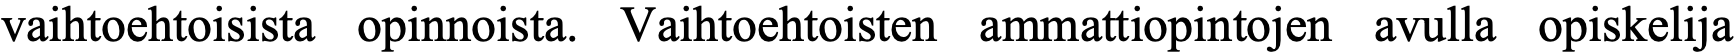
vaihtoehtoisista opinnoista. Vaihtoehtoisten ammattiopintojen avulla opiskelija